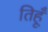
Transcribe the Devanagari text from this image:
तिहूँ